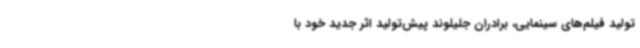
تولید فیلم‌های سینمایی، برادران جلیلوند پیش‌تولید اثر جدید خود با